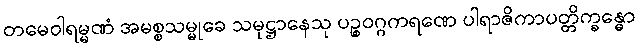
တမေဝါရမ္မဏံ အမစ္စသမ္မုခေ သမုဋ္ဌာနေသု ပဉ္စဝဂ္ဂကရဏေ ပါရာဇိကာပတ္တိက္ခန္ဓော